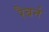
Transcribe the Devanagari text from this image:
रैबर्न